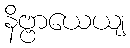
နိဗ္ဗာယေယျ